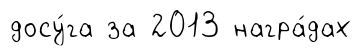
досу́га за 2013 награ́дах